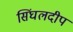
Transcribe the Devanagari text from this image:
सिंघलदीप